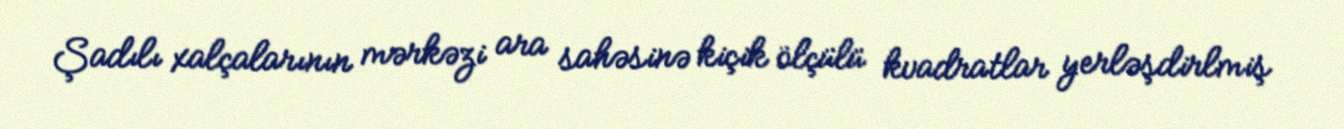
Şadılı xalçalarının mərkəzi ara sahəsinə kiçik ölçülü kvadratlar yerləşdirlmiş